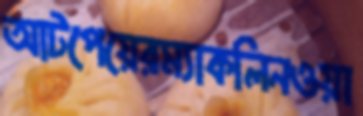
আটপেয়েরম্যাকলিনওয়া